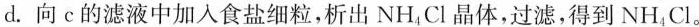
d.向c的滤液中加入食盐细粒，析出NH_{4}Cl晶体，过滤，得到NH_{4}Cl。